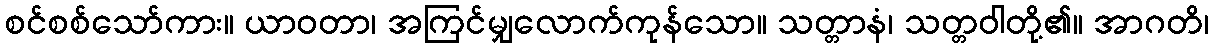
စင်စစ်သော်ကား။ ယာဝတာ၊ အကြင်မျှလောက်ကုန်သော။ သတ္တာနံ၊ သတ္တဝါတို့၏။ အာဂတိ၊